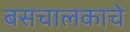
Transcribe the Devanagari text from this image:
बसचालकाचे